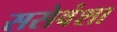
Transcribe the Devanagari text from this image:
ससेवंशा